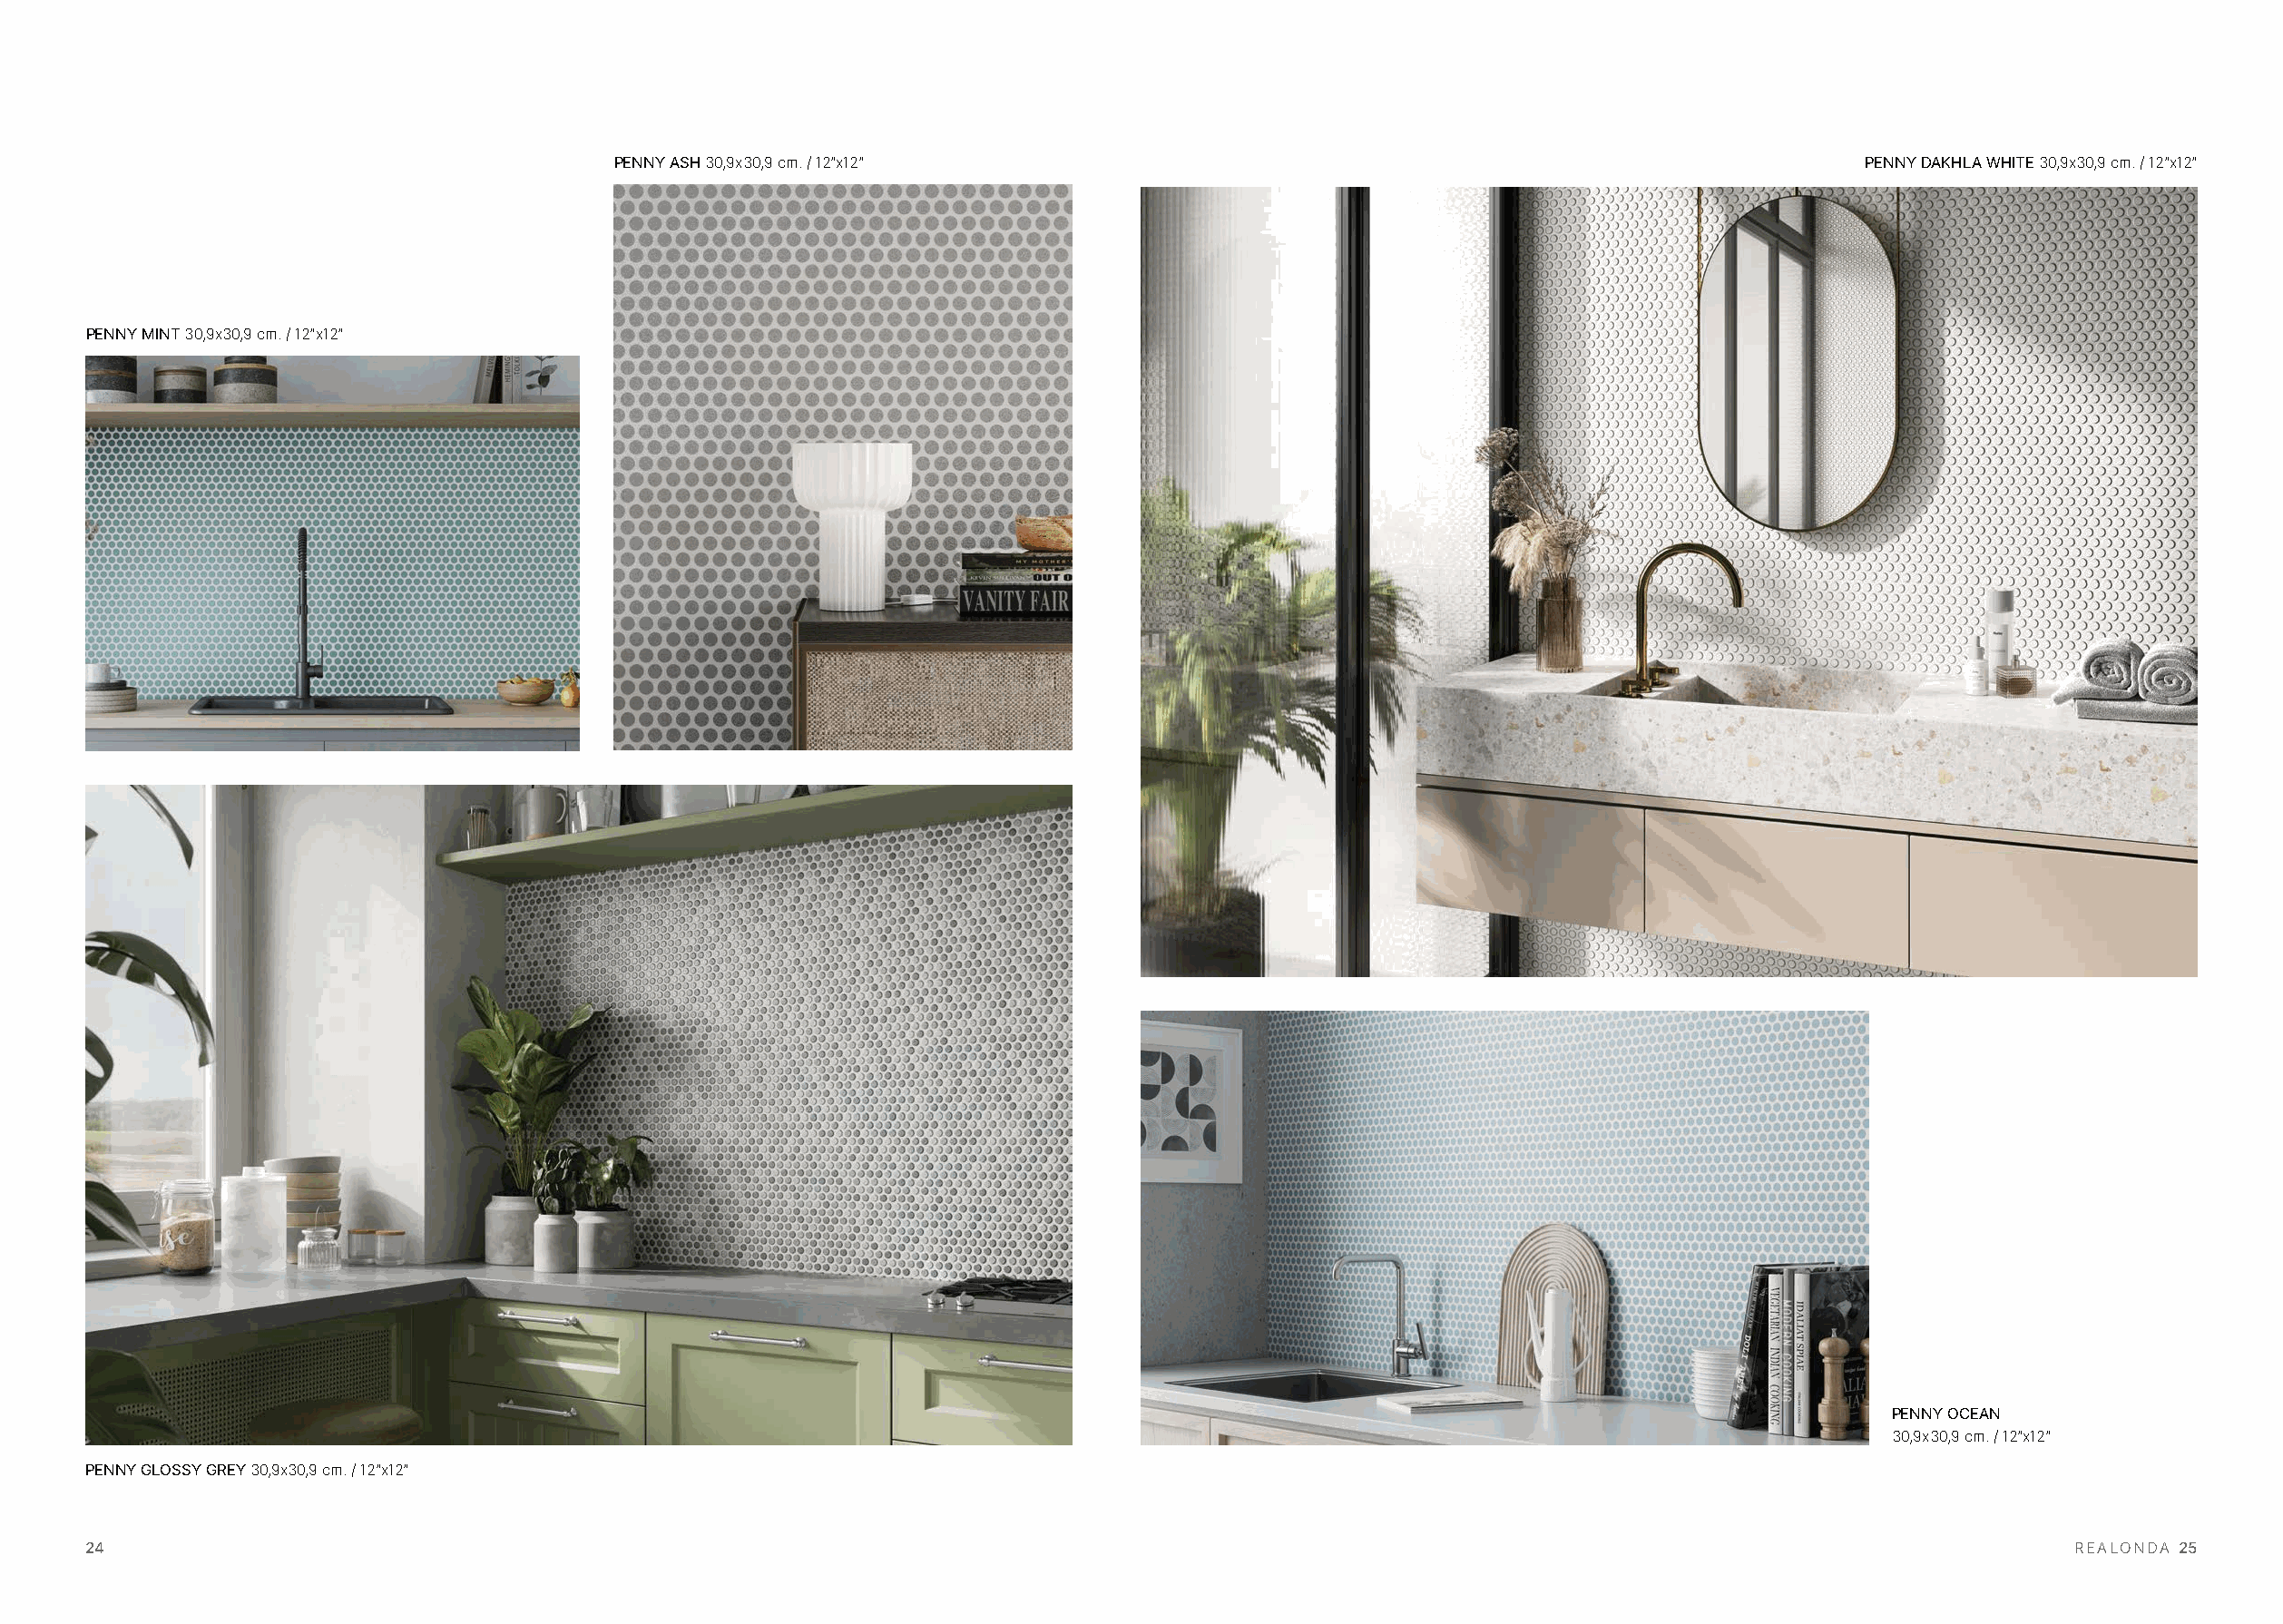
PENNY ASH 30,9x30,9 cm. / 12”x12”                                                          PENNY DAKHLA WHITE 30,9x30,9 cm. / 12”x12”
 PENNY MINT 30,9x30,9 cm. / 12”x12”
 PENNY OCEAN
 30,9x30,9 cm. / 12”x12”
 PENNY GLOSSY GREY 30,9x30,9 cm. / 12”x12”
 24                                                                                                                                               REALONDA 25